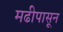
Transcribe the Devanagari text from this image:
मढीपासून